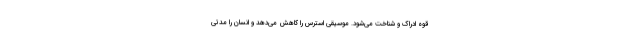
قوه ادراک و شناخت می‌شود. موسیقی استرس را کاهش می‌دهد و انسان را مدتی